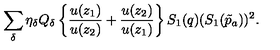
\sum _ { \delta } \eta _ { \delta } Q _ { \delta } \left\{ { \frac { u ( z _ { 1 } ) } { u ( z _ { 2 } ) } } + { \frac { u ( z _ { 2 } ) } { u ( z _ { 1 } ) } } \right\} S _ { 1 } ( q ) ( S _ { 1 } ( \tilde { p } _ { a } ) ) ^ { 2 } .